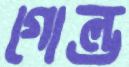
গোল্ড